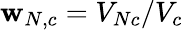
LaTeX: \mathbf{w}_{N,c}=V_{Nc}/V_{c}